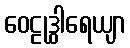
ဝေဠုဒွါရေယျာ